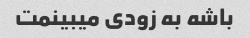
باشه به زودی میبینمت